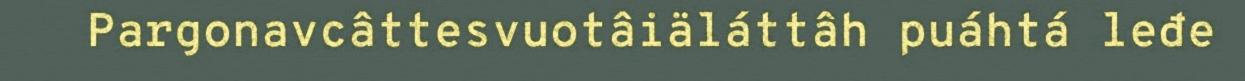
Pargonavcâttesvuotâiäláttâh puáhtá leđe